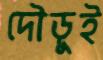
দৌড়ুই